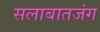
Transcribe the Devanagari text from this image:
सलाबातजंग